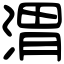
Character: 渭